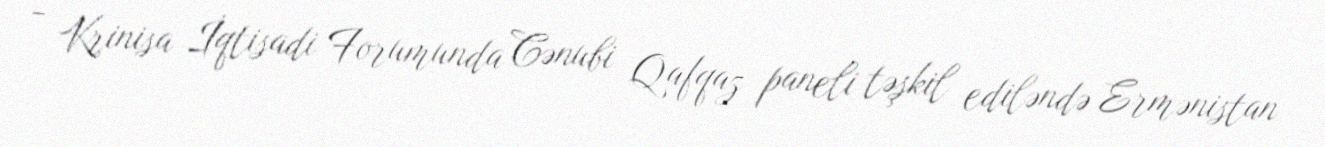
- Krinisa İqtisadi Forumunda Cənubi Qafqaz paneli təşkil ediləndə Ermənistan